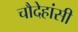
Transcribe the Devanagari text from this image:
चौदेहांसी